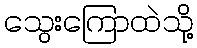
သွေးကြောထဲသို့